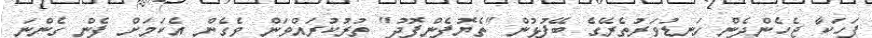
ފަހަކާ ޖެހެންދެން ގަނޑުވަރުތެރޭގެ ބޭފުޅުން "ތެޔޮފެންފޮދު" ތުރުކުރައްވަން ވެގެން އެކަމަށް ފެން ގެންނަ